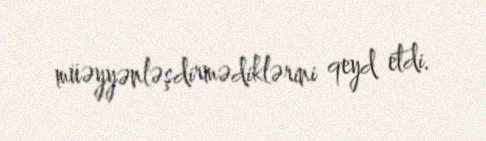
müəyyənləşdirmədiklərini qeyd etdi.